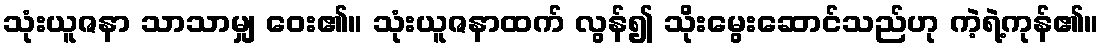
သုံးယူဇနာ သာသာမျှ ဝေး၏။ သုံးယူဇနာထက် လွန်၍ သိုးမွေးဆောင်သည်ဟု ကဲ့ရဲ့ကုန်၏။